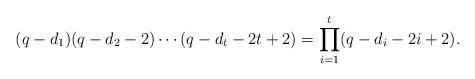
LaTeX: \begin{align*}(q-d_1)(q-d_2-2)\cdots(q-d_t-2t+2)=\prod_{i=1}^t(q-d_i-2i+2).\end{align*}